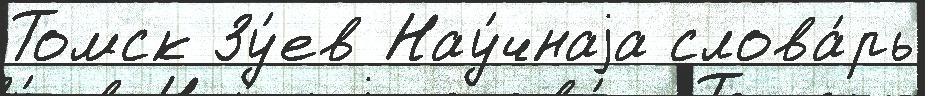
Томск Зу́ев Нау́чнаjа слова́рь